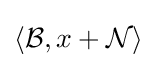
\langle {\mathcal {B}},x+{\mathcal {N}}\rangle